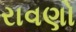
રાવણો